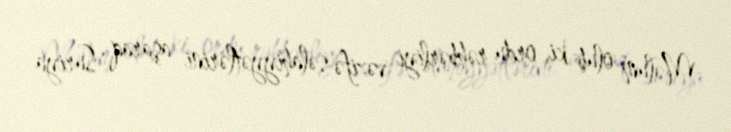
Məlum olub ki, ordu rəhbərliyi vəzifə səlahiyyətlərini aşaraq Suriya